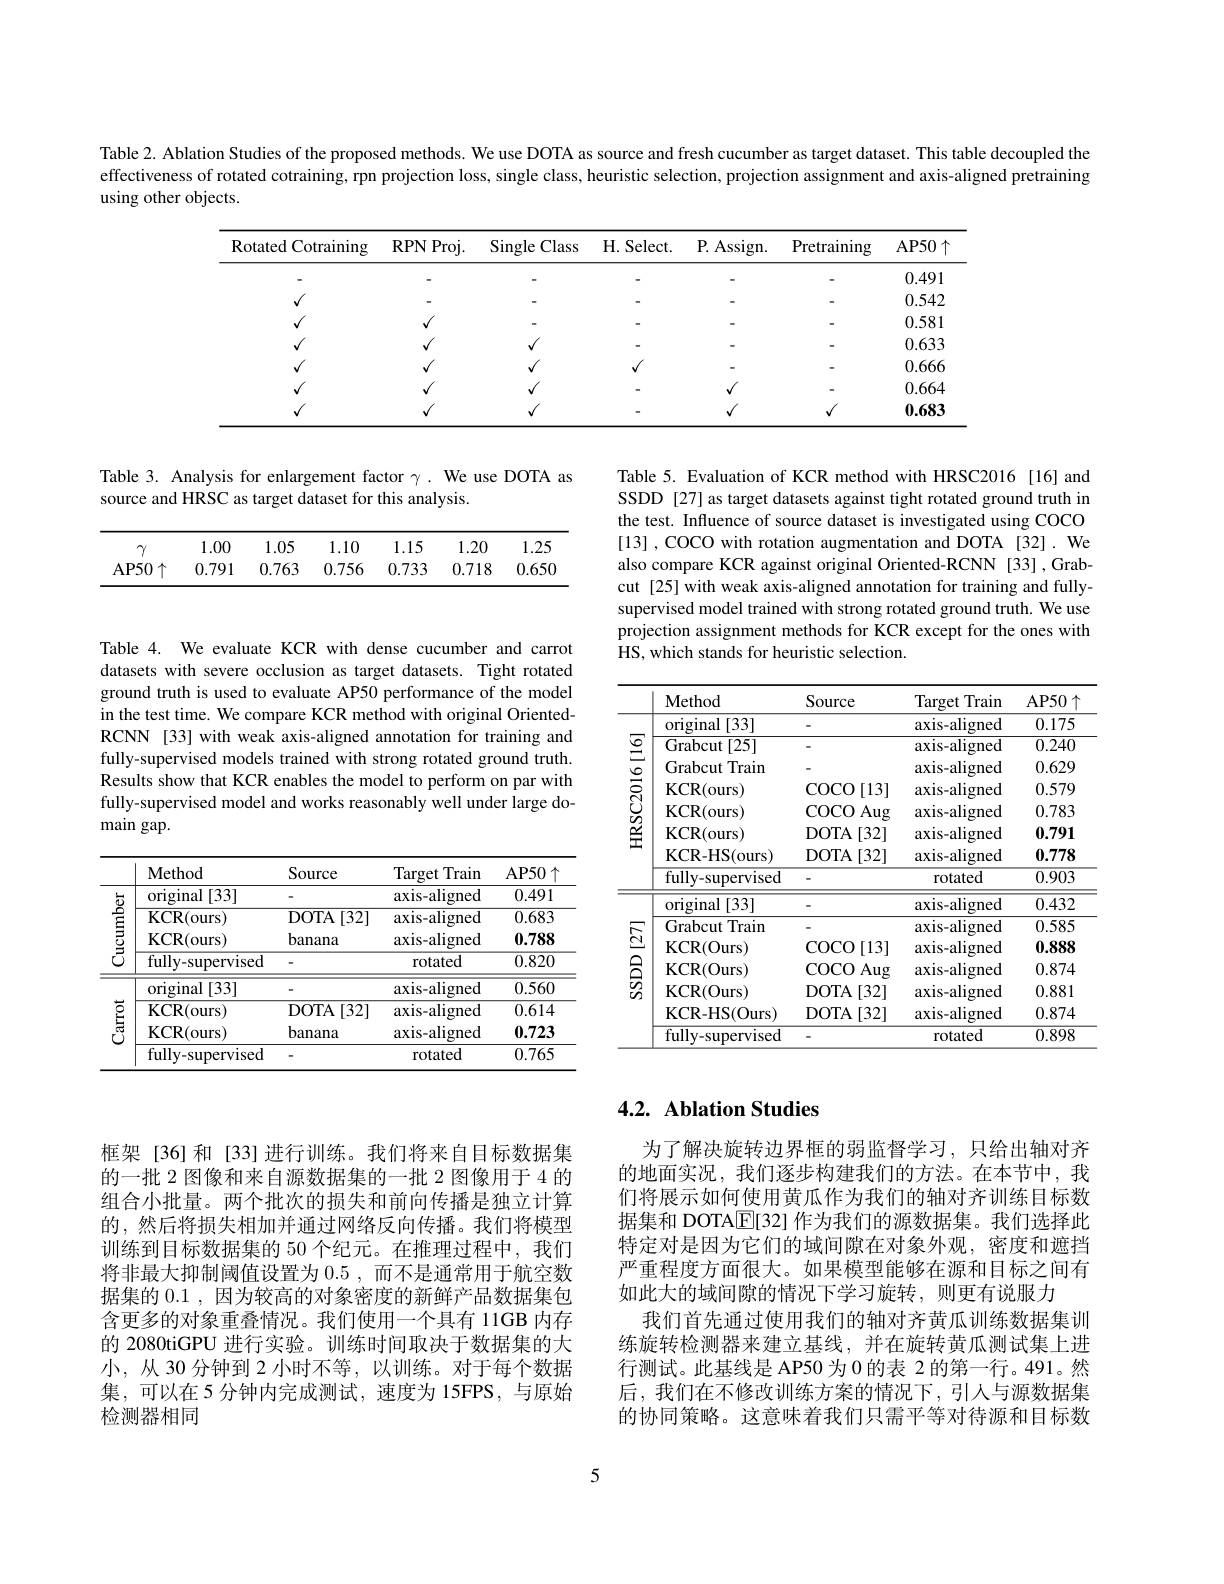
Table 2. Ablation Studies of the proposed methods. We use DOTA as source and fresh cucumber as target dataset. This table decoupled the effectiveness of rotated cotraining, rpn projection loss, single class, heuristic selection, projection assignment and axis-aligned pretraining using other objects.

<table>
	<tbody>
		<tr>
			<th>Rotated Cotraining</th>
			<th>RPNProj.</th>
			<th>$\operatorname{Single}$Class</th>
			<th>H. Select. </th>
			<th>P. Assign</th>
			<th>Pretraining</th>
			<th>AP50$\uparrow$</th>
		</tr>
		<tr>
			<td> </td>
			<td> </td>
			<td> </td>
			<td> </td>
			<td> </td>
			<td> </td>
			<td>0.491</td>
		</tr>
		<tr>
			<td>$√$</td>
			<td> </td>
			<td> </td>
			<td> </td>
			<td> </td>
			<td> </td>
			<td>0.542</td>
		</tr>
		<tr>
			<td>$√$</td>
			<td>$\sqrt{1}$</td>
			<td> </td>
			<td> </td>
			<td> </td>
			<td> </td>
			<td>0.581</td>
		</tr>
		<tr>
			<td>$√$</td>
			<td>$\sqrt{1}$</td>
			<td>$√$</td>
			<td> </td>
			<td> </td>
			<td> </td>
			<td>0.633</td>
		</tr>
		<tr>
			<td>$√$</td>
			<td>$\sqrt{1}$</td>
			<td>$√$</td>
			<td>$√$</td>
			<td> </td>
			<td> </td>
			<td>0.666</td>
		</tr>
		<tr>
			<td> </td>
			<td> 1</td>
			<td>$√$</td>
			<td> </td>
			<td>$√$</td>
			<td> </td>
			<td>0.664</td>
		</tr>
		<tr>
			<td> </td>
			<td>1 T</td>
			<td> $f$</td>
			<td> </td>
			<td>$√$</td>
			<td>$\sqrt{1}$</td>
			<td>0.683</td>
		</tr>
	</tbody>
</table>

Table 3. Analysis for enlargement factor $\gamma.$ We use DOTA as
source and HRSC as target dataset for this analysis.

<table>
	<tbody>
		<tr>
			<th>$\gamma$</th>
			<th>1.00</th>
			<th>1.05</th>
			<th>1.10</th>
			<th>1.15</th>
			<th>1.20</th>
			<th>1.25</th>
		</tr>
		<tr>
			<td>$AP50$</td>
			<td>0.791</td>
			<td>0.763</td>
			<td>0.756</td>
			<td>0.733</td>
			<td>0.718</td>
			<td>0.650</td>
		</tr>
	</tbody>
</table>

Table 5. Evaluation of KCR method with HRSC2016 [16] and SSDD [27] as target datasets against tight rotated ground truth in the test. Influence of source dataset is investigated using COCO [13] , COCO with rotation augmentation and DOTA [32] . We also compare KCR against original Oriented-RCNN [33] ,Grabcut [25] with weak axis-aligned annotation for training and fullysupervised model trained with strong rotated ground truth. We use projection assignment methods for KCR except for the ones with HS, which stands for heuristic selection.

Table 4. We evaluate KCR with dense cucumber and carrot datasets with severe occlusion as target datasets. Tight rotated ground truth is used to evaluate AP50 performance of the model in the test time. We compare KCR method with original OrientedRCNN [33] with weak axis-aligned annotation for training and fully-supervised models trained with strong rotated ground truth. Results show that KCR enables the model to perform on par with fully-supervised model and works reasonably well under large do- $\operatorname*{main}$gap.

<table>
	<tbody>
		<tr>
			<th> </th>
			<th>Method</th>
			<th>Source</th>
			<th>Target Train</th>
			<th>$AP50$</th>
		</tr>
		<tr>
			<td rowspan="8">HRSC2016$\left [ 16\right ]$</td>
			<td>original 1[33]</td>
			<td> </td>
			<td>axis-aligned</td>
			<td>0.175</td>
		</tr>
		<tr>
			<td>Grabcut [25]</td>
			<td> </td>
			<td>axis-aligned</td>
			<td>0.240</td>
		</tr>
		<tr>
			<td>Grabcut tTrain</td>
			<td> </td>
			<td>axis-aligned</td>
			<td>0.629</td>
		</tr>
		<tr>
			<td>KCR( ours) </td>
			<td>$\operatorname{COCO}$ [13]</td>
			<td>axis-aligned</td>
			<td>0.579</td>
		</tr>
		<tr>
			<td>KCR( ours) </td>
			<td>$\operatorname{COCO}$ $)Aug$ 1</td>
			<td>axis-aligned</td>
			<td>0.783</td>
		</tr>
		<tr>
			<td>KCR( ours) </td>
			<td>DOTA [32]</td>
			<td>axis-aligned</td>
			<td>0.791</td>
		</tr>
		<tr>
			<td>KCR- HS( ours) </td>
			<td>DOTA [32]</td>
			<td>axis-aligned</td>
			<td>0.778</td>
		</tr>
		<tr>
			<td>fully- supervised</td>
			<td> </td>
			<td>rotated</td>
			<td>0.903</td>
		</tr>
		<tr>
			<td> </td>
			<td>original 1[33]</td>
			<td> </td>
			<td>axis-aligned</td>
			<td>0.432</td>
		</tr>
		<tr>
			<td>$\dot{\Gamma}$ 1</td>
			<td>Grabcut Train</td>
			<td> </td>
			<td>axis-aligned</td>
			<td>0.585</td>
		</tr>
		<tr>
			<td rowspan="5">$\operatorname{SSDD}\left[27\right]$</td>
			<td>KCR(Ours)</td>
			<td>$\operatorname{COCO}$ [13]</td>
			<td>axis-aligned</td>
			<td>0.888</td>
		</tr>
		<tr>
			<td>KCR(Ours)</td>
			<td>$\operatorname{COCO}$ $)Aug$ 1</td>
			<td>axis-aligned</td>
			<td>0.874</td>
		</tr>
		<tr>
			<td>KCR(Ours)</td>
			<td>DOTA [32]</td>
			<td>axis-aligned</td>
			<td>0.881</td>
		</tr>
		<tr>
			<td>KCR- HS( Ours) </td>
			<td>DOTA [32]</td>
			<td>axis-aligned</td>
			<td>0.874</td>
		</tr>
		<tr>
			<td>fully-supervised</td>
			<td> </td>
			<td>rotated</td>
			<td>0.898</td>
		</tr>
	</tbody>
</table>

<table>
	<tbody>
		<tr>
			<th> </th>
			<th>Method</th>
			<th>Source</th>
			<th>Target Train</th>
			<th>$AP50$</th>
		</tr>
		<tr>
			<td rowspan="4">Cucumber</td>
			<td>original [33] </td>
			<td> </td>
			<td>axis-aligned</td>
			<td>0.491</td>
		</tr>
		<tr>
			<td>KCR(ours)</td>
			<td>DOTA [32]</td>
			<td>axis-aligned</td>
			<td>0.683</td>
		</tr>
		<tr>
			<td>KCR(ours)</td>
			<td>banana</td>
			<td>axis-aligned</td>
			<td>0.788</td>
		</tr>
		<tr>
			<td>fully-supervised</td>
			<td> </td>
			<td>rotated</td>
			<td>0.820</td>
		</tr>
		<tr>
			<td rowspan="4">$క్రీ$</td>
			<td>original 1[33]</td>
			<td> </td>
			<td>axis-aligned</td>
			<td>0.560</td>
		</tr>
		<tr>
			<td>KCR( ours) </td>
			<td>[32] DOTA</td>
			<td>axis-aligned</td>
			<td>0.614</td>
		</tr>
		<tr>
			<td>KCR(ours)</td>
			<td>banana</td>
			<td>axis-aligned</td>
			<td>0.723</td>
		</tr>
		<tr>
			<td>fully-supervised</td>
			<td> </td>
			<td>rotated</td>
			<td>0.765</td>
		</tr>
	</tbody>
</table>

## 4.2. Ablation Studies

为了解决旋转边界框的弱监督学习，只给出轴对齐的地面实况，我们逐步构建我们的方法。在本节中，我们将展示如何使用黄瓜作为我们的轴对齐训练目标数据集和 DOTA$\overline{\mathrm{E}}[32]$作为我们的源数据集。我们选择此特定对是因为它们的域间隙在对象外观，密度和遮挡严重程度方面很大。如果模型能够在源和目标之间有如此大的域间隙的情况下学习旋转，则更有说服力
我们首先通过使用我们的轴对齐黄瓜训练数据集训练旋转检测器来建立基线，并在旋转黄瓜测试集上进行测试。此基线是 AP50 为 0 的表 2 的第一行。491。然后，我们在不修改训练方案的情况下，引人与源数据集的协同策略。这意味着我们只需平等对待源和目标数

框架[36]和[33]进行训练。我们将来自目标数据集的一批 2 图像和来自源数据集的一批 2 图像用于 4 的组合小批量。两个批次的损失和前向传播是独立计算的，然后将损失相加并通过网络反向传播。我们将模型训练到目标数据集的 50 个纪元。在推理过程中，我们将非最大抑制阈值设置为0.5,而不是通常用于航空数据集的0.1,因为较高的对象密度的新鲜产品数据集包含更多的对象重叠情况。我们使用一个具有 11GB 内存的 2080tiGPU 进行实验。训练时间取决于数据集的大小，从 30 分钟到 2 小时不等，以训练。对于每个数据集，可以在 5 分钟内完成测试，速度为 15FPS,与原始检测器相同

5